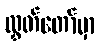
လွှတ်တော်မှာ